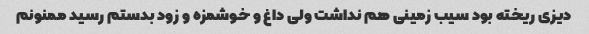
دیزی ریخته بود سیب زمینی هم نداشت ولی داغ و خوشمزه و زود بدستم رسید ممنونم